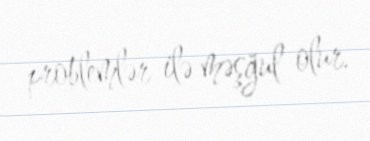
problemlər ilə məşğul olur.